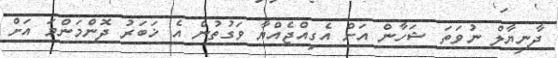
ދާނިޔާލް ނުވަތަ ޝަހާން އަށް އެގިއްޖެއްޔާ ވަގުތުން އެ ޚަބަރު ދޮންމަންމަ އަށް